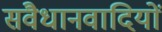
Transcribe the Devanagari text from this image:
संवैधानवादियों